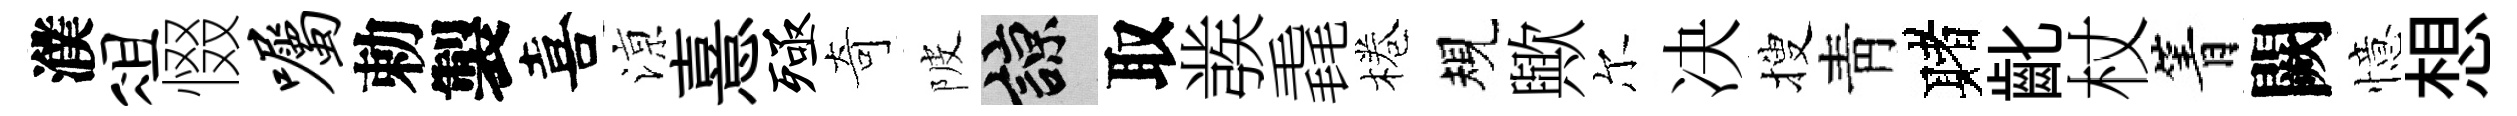
濮俎惙嘱勅製喜鿌憙殛奇陂諒取彂毳棬規歟尔决搜靑赌齔杖箐闕憶想